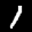
Label: 1